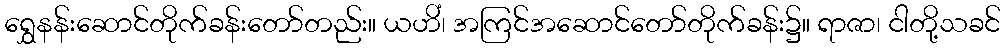
ရွှေနန်းဆောင်တိုက်ခန်းတော်တည်း။ ယဟိံ၊ အကြင်အဆောင်တော်တိုက်ခန်း၌။ ရာဇာ၊ ငါတို့သခင်